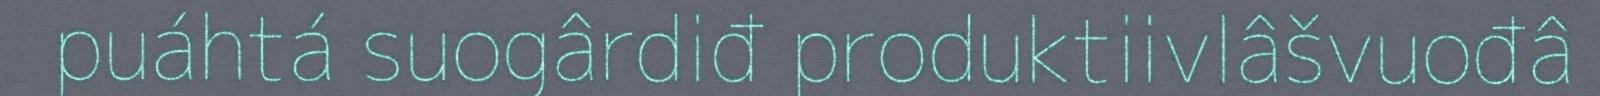
puáhtá suogârdiđ produktiivlâšvuođâ